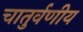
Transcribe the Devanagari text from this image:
चातुर्वणीय